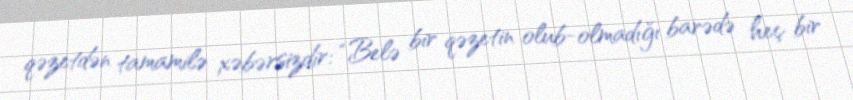
qəzetdən tamamilə xəbərsizdir: “Belə bir qəzetin olub-olmadığı barədə heç bir